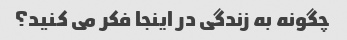
چگونه به زندگی در اینجا فکر می کنید؟